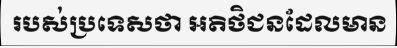
របស់ប្រទេសថា អតិថិជនដែលមាន